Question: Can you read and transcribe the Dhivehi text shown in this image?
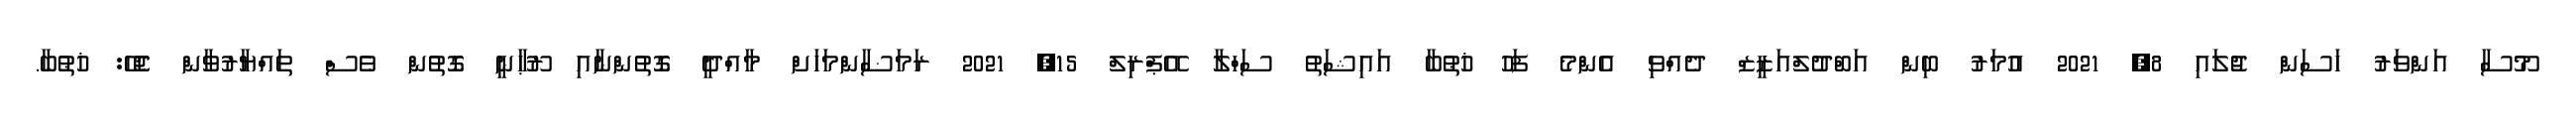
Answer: މޫސާ އަންވަރު ހަސަން ޖުލައި 8, 2021 އުމަރު ބިން އަބްދުލްއަޒީޒް ދެއްވި އެންމެ ފަހު ޚުޠުބާ އައިޝަތު ސަހްލާ އޭޕްރިލް 15, 2021 ރަމަޟާންމަހަށް މާއްދީ ގޮތުންނާއި ރޫޙާނީ ގޮތުން ވެސް ތައްޔާރުވާން ޖެހޭ: ޚުޠުބާ.